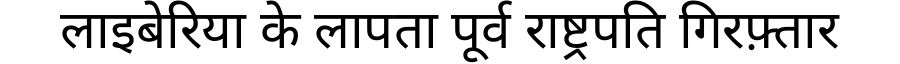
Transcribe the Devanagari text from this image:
लाइबेरिया के लापता पूर्व राष्ट्रपति गिरफ़्तार